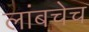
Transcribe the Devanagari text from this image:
लांबचेच